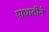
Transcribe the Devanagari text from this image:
पाधातीने